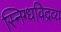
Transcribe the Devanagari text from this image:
स्निग्धविद्रव्य